Report on the working of the mental hospitals for Indians in Bihar and Orissa - 1925-1929
Year: 1925
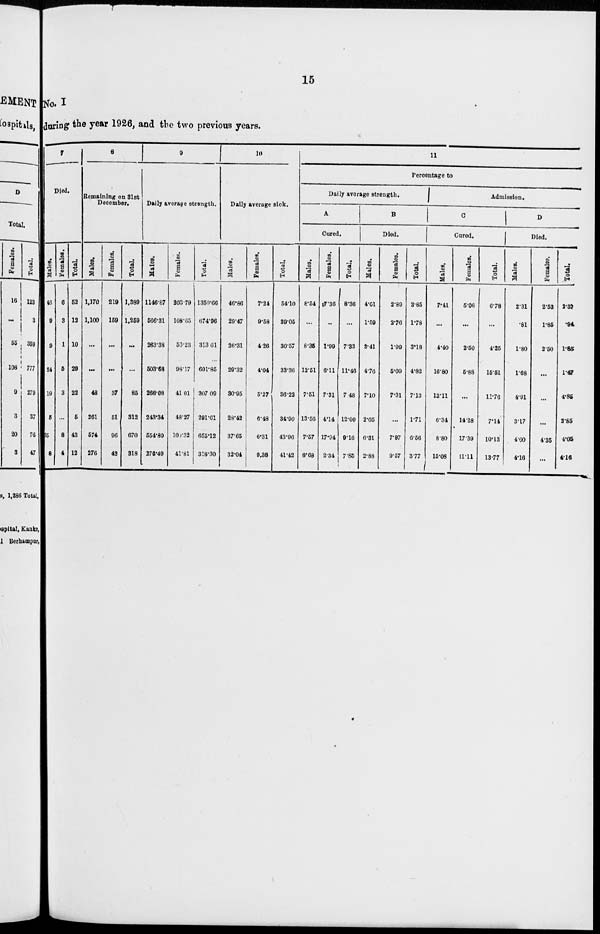
15
No. I
during the year 1926, and the two previous years.
7
Died.
Males.
46
9
9
24
19
5
35
8
Females.
6
3
1
5
3
...
8
4
Total.
52
12
10
29
22
5
43
12
8
Remaining on 31st
December.
Males.
1,170
1,100
...
...
48
261
574
276
Females.
219
159
...
...
37
51
96
42
Total.
1,389
1,259
...
...
85
312
670
318
9
Daily average strength.
Males.
1146.87
566.31
263.38
503.68
266.08
243.34
554.80
276.49
Females.
203.79
108.65
50.23
98.17
41.01
48.27
100.32
41.81
Total.
1350.66
674.96
313.61
601.85
307.09
291.61
655.12
318.30
10
Daily average sick.
Males.
46.86
29.47
26.31
29.32
30.95
28.42
37.65
32.04
Females.
7.24
9.58
4.26
4.04
5.27
6.48
6.31
9.38
Total.
54.10
39.05
30.57
33.36
36.22
34.90
43.96
41.42
11
Percentage to
Daily average strength.
A
Cured.
Males.
8.54
...
8.35
12.51
7.51
13.56
7.57
8.68
Females.
7.36
...
1.99
6.11
7.31
4.14
17.94
2.34
Total.
8.36
...
7.33
11.46
7.48
12.00
9.16
7.85
B
Died.
Males.
4.01
1.59
3.41
4.76
7.10
2.05
6.31
2.88
Females.
2.89
2.76
1.99
5.09
7.31
...
7.97
9.57
Total.
3.85
1.78
3.18
4.82
7.13
1.71
6.56
3.77
Admission.
C
Cured.
Males.
7.41
...
4.40
16.80
13.11
6.34
8.80
15.08
Females.
5.06
...
2.50
5.88
...
14.28
17.39
11.11
Total.
6.78
...
4.25
15.51
11.76
7.14
10.13
13.77
D
Died.
Males.
2.31
.81
1.80
1.68
4.91
3.17
4.00
4.16
Females.
2.53
1.85
2.50
...
...
...
4.35
...
Total.
2.37
.94
1.85
1.47
4.85
2.85
4.05
4.16